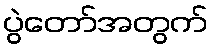
ပွဲတော်အတွက်